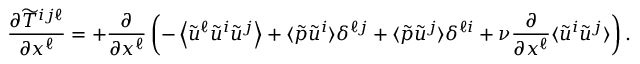
\frac { \partial \widetilde { T } ^ { i j \ell } } { \partial x ^ { \ell } } = + \frac { \partial } { \partial x ^ { \ell } } \left( { - \left\langle { \tilde { u } ^ { \ell } \tilde { u } ^ { i } \tilde { u } ^ { j } } \right\rangle + \langle { \tilde { p } \tilde { u } ^ { i } } \rangle \delta ^ { \ell j } + \langle { \tilde { p } \tilde { u } ^ { j } } \rangle \delta ^ { \ell i } \rule { 0 ex } { 3 ex } + \nu \frac { \partial } { \partial x ^ { \ell } } \langle { \tilde { u } ^ { i } \tilde { u } ^ { j } } \rangle } \right) .